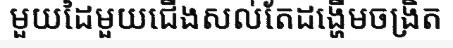
មួយដៃមួយជើងសល់តែដង្ហើមចង្រិត